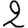
Digit: 2